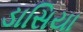
ડાસિયા